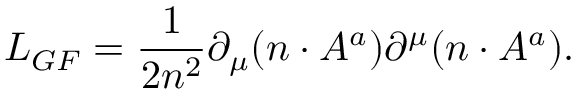
{ \cal L } _ { G F } = \frac { 1 } { 2 n ^ { 2 } } \partial _ { \mu } ( n \cdot A ^ { a } ) \partial ^ { \mu } ( n \cdot A ^ { a } ) .